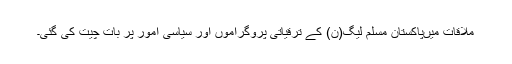
ملاقات میںپاکستان مسلم لیگ(ن) کے ترقیاتی پروگراموں اور سیاسی امور پر بات چیت کی گئی۔